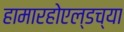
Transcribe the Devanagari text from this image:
हामारहोएल्डच्या